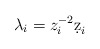
\begin{align*} \lambda_i = z_i^{-2}\d z_i \end{align*}